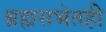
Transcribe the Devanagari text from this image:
ब्रह्मसभेतही